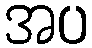
အပ